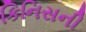
કિનિસની